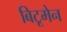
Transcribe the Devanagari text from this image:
बिटूमेन